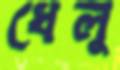
ধেলু